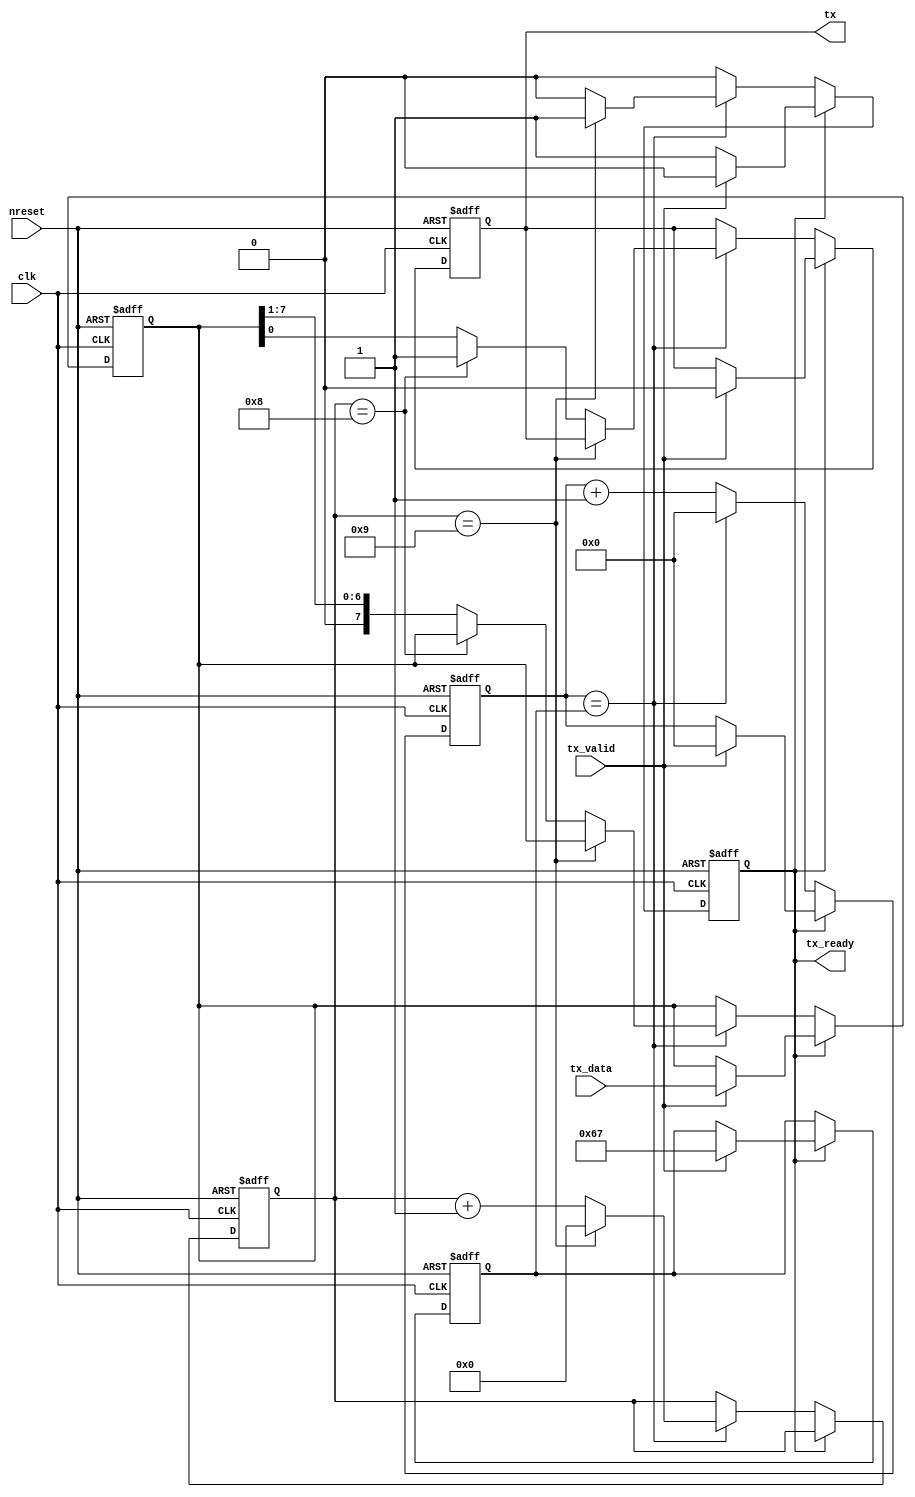
module uart_tx (
	input wire nreset,
	input wire clk,
	
	input wire tx_valid,
	output reg tx_ready,
	input wire [7:0] tx_data,
	
	output reg tx
);

parameter clk_freq = 12000000;
parameter baud_rate =  115200;

parameter width = 8; // Enough bits to fit prescaler!
	
localparam prescaler = clk_freq / baud_rate - 1;
	
reg [width-1:0] counter; // clk prescaler
reg [width-1:0] cmax;

reg [3:0] bit_counter; // count from 0 to 9, 10 values. 1start+8bits+1stop
reg [7:0] bit_sreg;
	
always @(posedge clk or negedge nreset)
	if (~nreset) begin
		tx <= 1'b1; // Idle is 1 in RS-232
		tx_ready <= 1'b1;
		counter 	<= 8'b0;
		cmax		<= prescaler;
		bit_counter <= 4'b0;
		bit_sreg	<= 8'b0;
	end else begin
		if (tx_ready) begin
			if (tx_valid) begin
				tx_ready <= 1'b0;
				counter 	<= 8'b0;
				cmax		<= prescaler;
				//bit_counter <= 4'b0;
				tx <= 1'b0; // start bit
				bit_sreg <= tx_data;
			end
		end else begin
			if (counter == cmax) begin
				counter <= 8'b0;
				
				if (bit_counter == 4'd9) begin // finisihed
					bit_counter <= 4'b0;
					tx_ready <= 1'b1;
					
				end else if (bit_counter == 4'd8) begin // stop bit
					tx <= 1'b1;
					bit_counter <= bit_counter + 4'b1;
					
				end else begin // data bits
					tx <= bit_sreg[0]; // send LSB
					bit_sreg <= {1'b0, bit_sreg[7:1]}; // shift right
					bit_counter <= bit_counter + 4'b1;
				end
				
			end else begin
				counter <= counter + 8'b1;
			end
		end
	end

endmodule